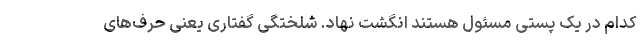
کدام در یک پستی مسئول هستند انگشت نهاد. شلختگی گفتاری یعنی حرف‌های